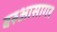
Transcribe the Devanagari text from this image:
बरुआसागर